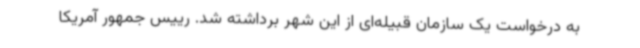
به درخواست یک سازمان قبیله‌ای از این شهر برداشته شد. رییس جمهور آمریکا